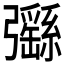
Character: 𢑄